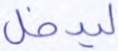
ليدخل